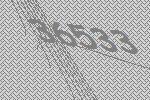
36533